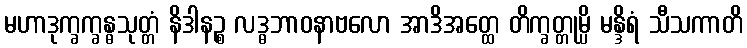
မဟာဒုက္ခက္ခန္ဓသုတ္တံ နိဒါနဉ္စ လဒ္ဓဘာဝနာဗလော အာဒိအတ္ထေ တိက္ခတ္တုမ္ပိ မန္ဒိရံ သီသကာတိ